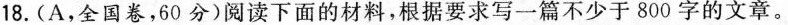
18.(A，全国卷，60分)阅读下面的材料，根据要求写一篇不少于800字的文章。